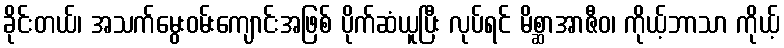
ခိုင်းတယ်၊ အသက်မွေးဝမ်းကျောင်းအဖြစ် ပိုက်ဆံယူပြီး လုပ်ရင် မိစ္ဆာအာဇီဝ၊ ကိုယ့်ဘာသာ ကိုယ့်